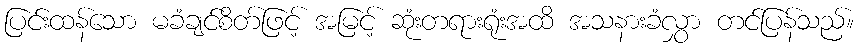
ပြင်းထန်သော မခံချင်စိတ်ဖြင့် အမြင့် ဆုံးတရားရုံးအထိ အသနားခံလွှာ တင်ပြန်သည်။